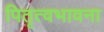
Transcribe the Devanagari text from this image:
पितृत्वभावना